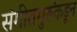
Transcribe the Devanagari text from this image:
संगीतगुरूंकडून